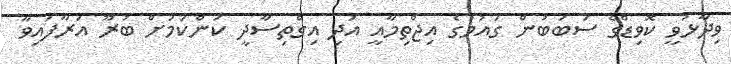
ވިދާޅުވީ ކޮވިޑްގެ ސަބަބުން ގައުމުގެ އިޖްތިމާއީ އަދި އިގްތިސާދީ ކަންކަމަށް ބުރޫ އަރާފައިވާ